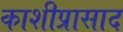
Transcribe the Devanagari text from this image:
काशीप्रासाद